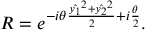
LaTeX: R = e ^ { - i \theta \frac { \hat { y _ { 1 } } ^ { 2 } + \hat { y _ { 2 } } ^ { 2 } } { 2 } + i \frac { \theta } { 2 } } .